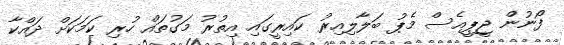
ފޯނުން ޖީޕީއެސް މެޕު ބަލާލިއިރު ކައިރީގައި އިތުރު މަގުތައް ހުރި ކަމަކަށް ދައްކާ